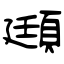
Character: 頲